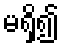
မရှိ၍